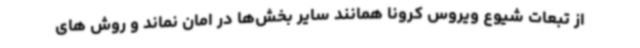
از تبعات شیوع ویروس کرونا همانند سایر بخش‌ها در امان نماند و روش های